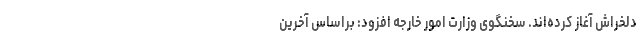
دلخراش آغاز کرده‌اند. سخنگوی وزارت امور خارجه افزود: براساس آخرین